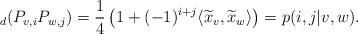
LaTeX: \begin{align*}_d(P_{v,i}P_{w,j})=\frac{1}{4}\left(1+(-1)^{i+j}\langle \widetilde{x}_v,\widetilde{x}_w \rangle \right) = p(i,j|v,w).\end{align*}